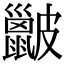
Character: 𥀰